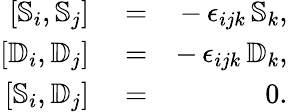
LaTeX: \begin{array}{rlr}{\left[{\mathbb S}_{i},{\mathbb S}_{j}\right]}&{{}=}&{-\, \epsilon_{ijk}\, {\mathbb S}_{k},}\\ {\left[{\mathbb D}_{i},{\mathbb D}_{j}\right]}&{{}=}&{-\, \epsilon_{ijk}\, {\mathbb D}_{k},}\\ {\left[{\mathbb S}_{i},{\mathbb D}_{j}\right]}&{{}=}&{0.}\end{array}